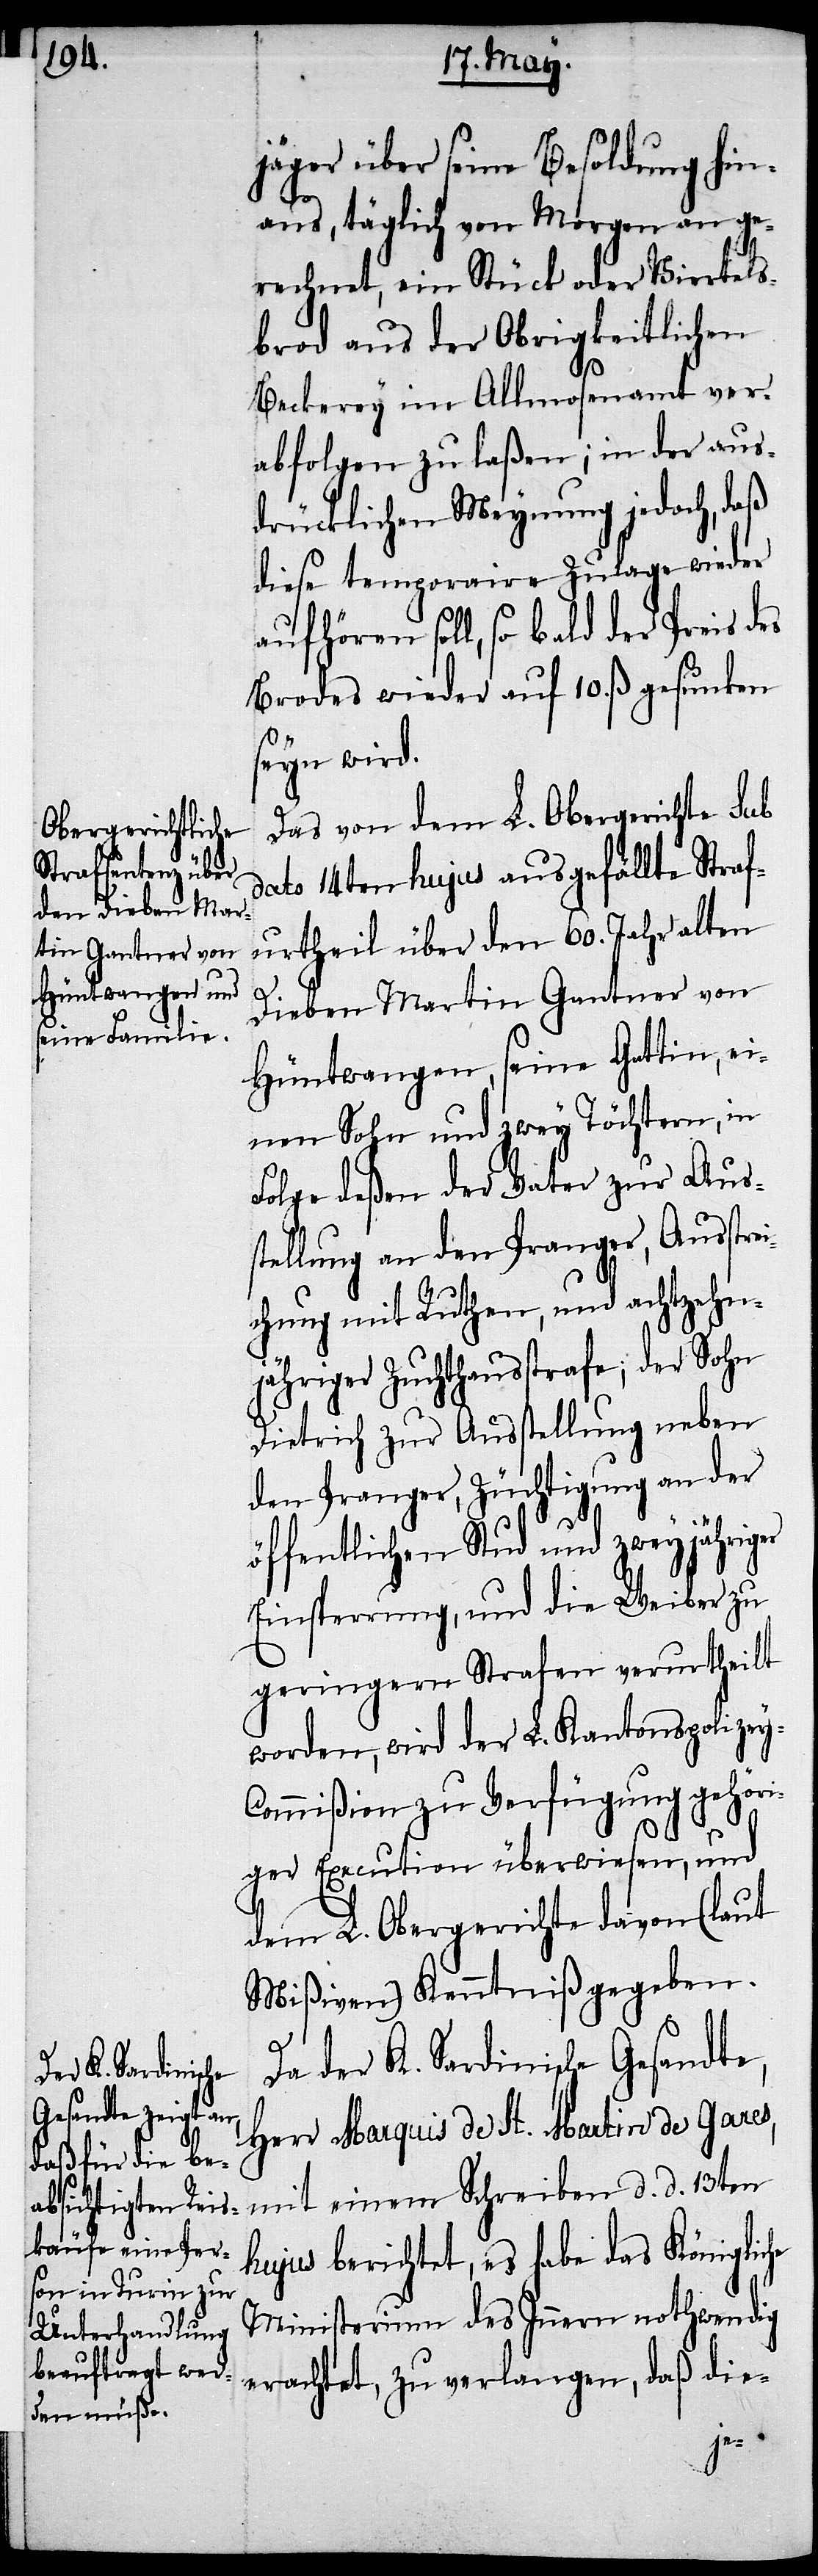
jäger über seine Besoldung hin¬
aus, täglich von Morgen an ge¬
rechnet, ein Stück oder Viertels¬
brod aus der Obrigkeitlichen
Backerey im Allmosenamt ver¬
abfolgen zu laßen, in der aus¬
drücklichen Meynung jedoch, daß
diese temporaire Zulage wieder
aufhören soll, so bald der Preis des
Brodes wieder auf 10. ß. gesunken
seyn wird.
Das von dem L. Obergerichte sub
dato 14ten hujus ausgefällte Straf¬
urtheil über den 60. Jahr alten
Dieben Martin Gantner von
Hüntwangen, seine Gattin, ei¬
nen Sohn und zwey Töchtern, in
Folge deßen der Vater zur Aus¬
stellung an den Pranger, Ausstrei¬
chung mit Ruthen, und achtzehn¬
jähriger Zuchthausstrafe, der Sohn
Dietrich zur Ausstellung an
den Pranger, Züchtigung an der
öfentlichen Stud und zweijähriger
Einsperrung, und die Weiber zu
geringern Strafen verurtheilt
worden, wird der L. Kantonspolize¬
ommißion zu Verfügung gehöri¬
ger Execution überwiesen, und
dem L. Obergerichte davon (laut
Mißiven) Kenntniß gegeben.
y-C¬
Da der K. Sardinische Gesandte,
Herr Marquis de St. Martin de Gares,
mit einem Schreiben d. d. 13ten
hujus berichtet, es habe das Königliche
Ministerium des Innern nothwendig
erachtet, zu verlangen, daß die-